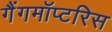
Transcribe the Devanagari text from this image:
गैंगमॉप्टरिस